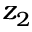
z _ { 2 }